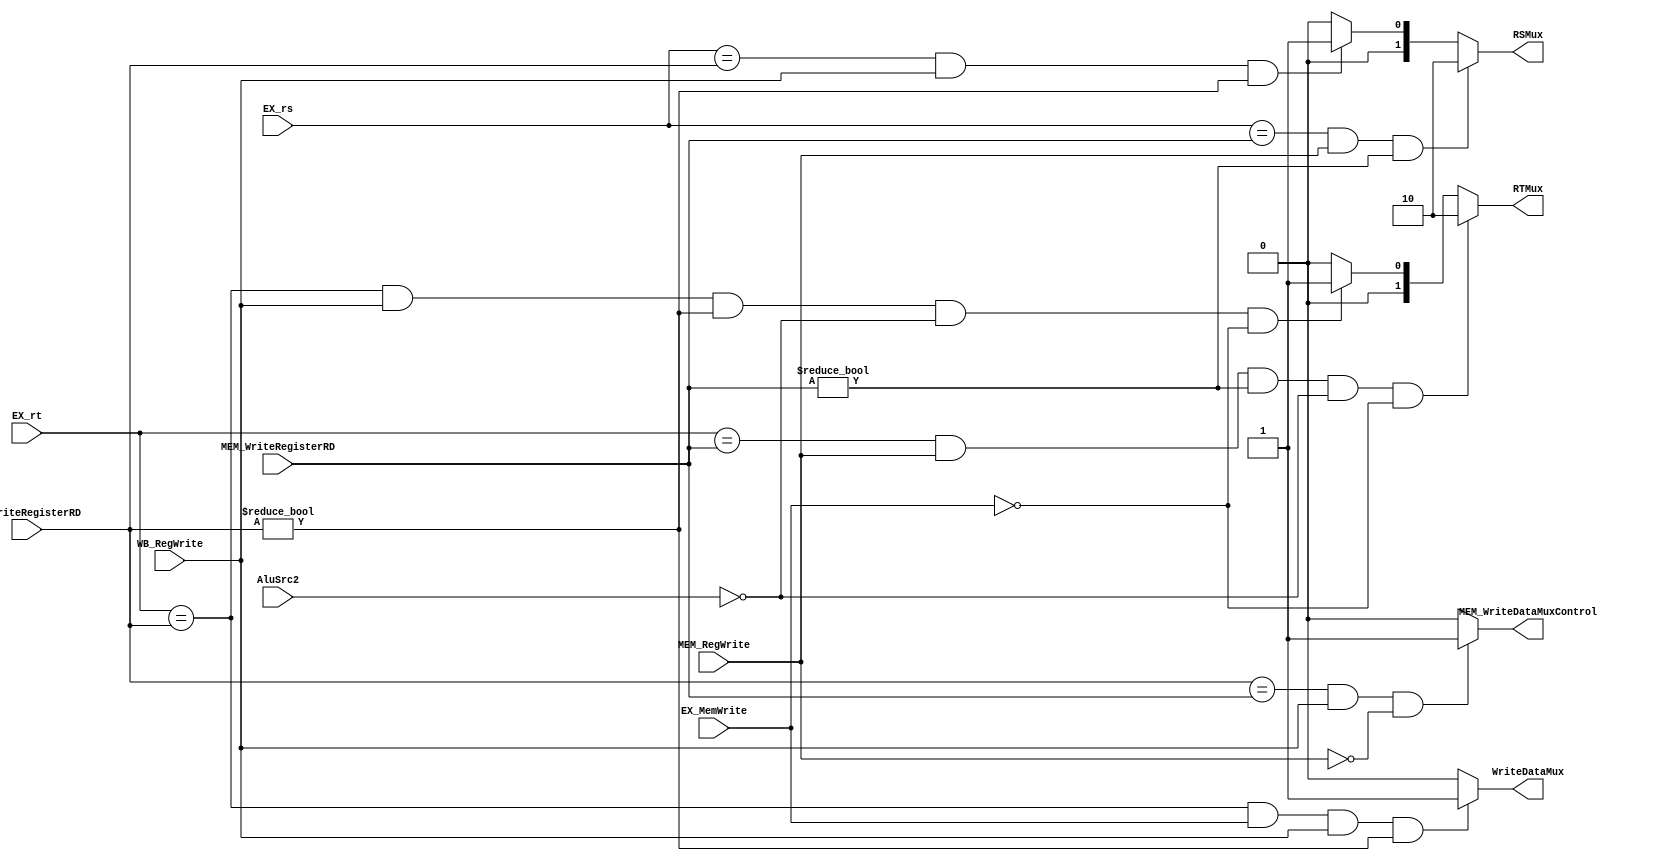
`timescale 1ns / 1ps
//////////////////////////////////////////////////////////////////////////////////
// Company: 
// Engineer: 
// 
// Design Name: 
// Module Name: ForwardingUnit
// Project Name: 
// Target Devices: 
// Tool Versions: 
// Description: 
// 
// Dependencies: 
// 
// Revision:
// Revision 0.01 - File Created
// Additional Comments:
// 
//////////////////////////////////////////////////////////////////////////////////


module ForwardingUnit(EX_rs, EX_rt, MEM_WriteRegisterRD, WB_WriteRegisterRD, RSMux, RTMux, MEM_RegWrite, WB_RegWrite, WriteDataMux, EX_MemWrite, AluSrc2, MEM_WriteDataMuxControl);
    
    input MEM_RegWrite, WB_RegWrite, EX_MemWrite, AluSrc2;
    input [4:0] EX_rs, EX_rt, MEM_WriteRegisterRD, WB_WriteRegisterRD;
    
    output reg [1:0] RSMux, RTMux;
    output reg WriteDataMux, MEM_WriteDataMuxControl;
    
    initial begin
        RSMux <= 2'b00;
        RTMux <= 2'b00;
        WriteDataMux <= 1'b0;
    end
    
    always @(EX_rs, EX_rt, MEM_WriteRegisterRD, WB_WriteRegisterRD, MEM_RegWrite, WB_RegWrite) begin
    
        //Decide RSMux
        if (EX_rs == MEM_WriteRegisterRD && MEM_RegWrite == 1'b1 && MEM_WriteRegisterRD != 5'd0) begin
            RSMux <= 2'b10;
        end
        else if (EX_rs == WB_WriteRegisterRD && WB_RegWrite == 1'b1 && WB_WriteRegisterRD != 5'd0) begin
            RSMux <= 2'b01;
        end
        else begin
            RSMux <= 2'b00;
        end
        
        //Decide RTMux
        if (EX_rt == MEM_WriteRegisterRD && MEM_RegWrite == 1'b1 && MEM_WriteRegisterRD != 5'd0 && AluSrc2 == 1'b0 && EX_MemWrite == 1'b0) begin
            RTMux <= 2'b10;
        end
        else if (EX_rt == WB_WriteRegisterRD && WB_RegWrite == 1'b1 && WB_WriteRegisterRD != 5'd0 && AluSrc2 == 1'b0 && EX_MemWrite == 1'b0) begin
            RTMux <= 2'b01;
        end 
        else begin
            RTMux <= 2'b00;
        end
        
        //Decide WriteDataMux [for sw]
        if (EX_rt == WB_WriteRegisterRD && EX_MemWrite == 1'b1 && WB_RegWrite == 1'b1 && WB_WriteRegisterRD != 5'd0) begin
            WriteDataMux <= 1'b1;
        end
        else begin
            WriteDataMux <= 1'b0;
        end
        
        //Decide MEM_WriteDataMuxControl lw followed by sw
        if (WB_WriteRegisterRD == MEM_WriteRegisterRD && WB_RegWrite == 1'b1 && MEM_RegWrite == 1'b0) begin
            MEM_WriteDataMuxControl <= 1'b1;
        end
        else begin
            MEM_WriteDataMuxControl <= 1'b0;
        end
    end
endmodule